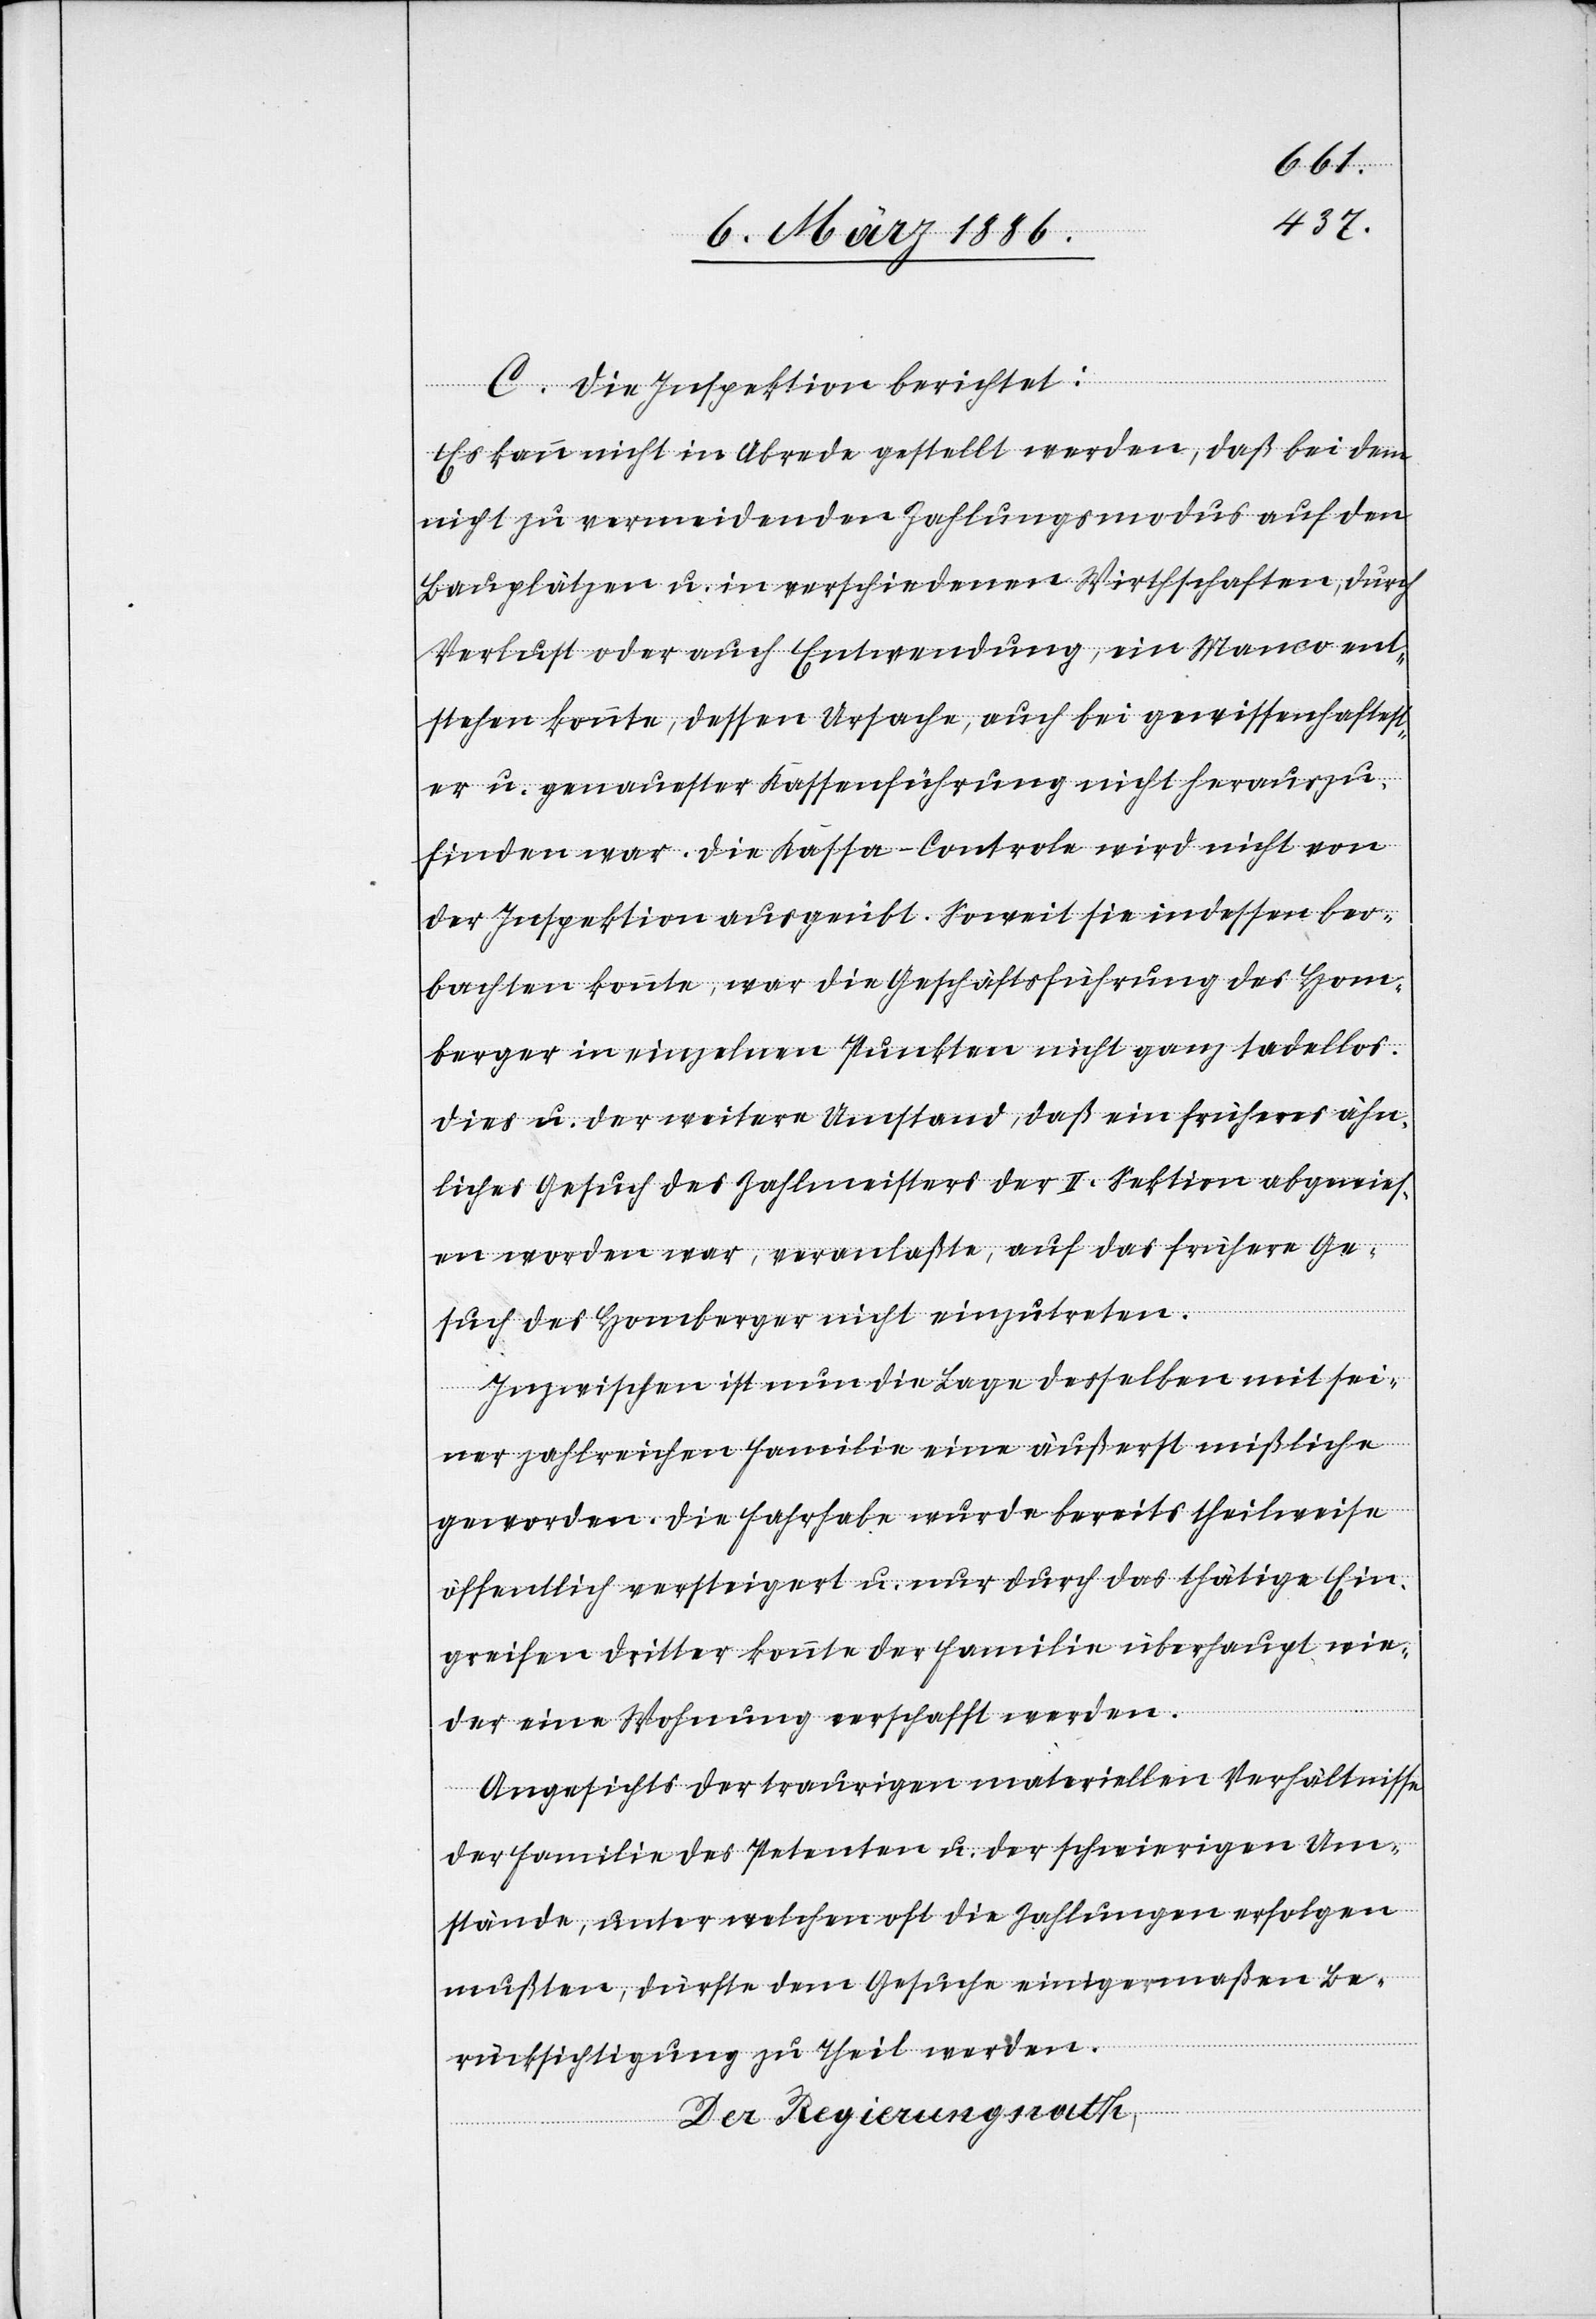
C. Die Inspektion berichtet:
Es kann nicht in Abrede gestellt werden, daß bei dem
nicht zu vermeidenden Zahlungsmodus auf den
Bauplätzen u. in verschiedenen Wirtschaften, durch
Verlust oder auch Entwendung, ein Manco ent¬
stehen könnte, dessen Ursache, auch bei gewissenhaftest¬
er u. genauester Kassenführung nicht herauszu¬
finden war. Die Kassa-Controle wird nicht von
der Inspektion ausgeübt. Soweit sie indessen beo¬
bachten könnte, war die Geschäftsführung des Hom¬
berger in einzelnen Punkten nicht ganz tadellos.
Dies u. der weitere Umstand, daß ein früheres ähn¬
liches Gesuch des Zahlenmeisters der II. Sektion abgewies¬
en worden war, veranlaßte, auf das frühere Ge¬
such des Homberger nicht einzutreten.
Inzwischen ist nun die Lage desselben mit sei¬
ner zahlreichen Familie eine äußerst mißliche
geworden. Die Fahrhabe wurde bereits theilweise
öffentlich versteigert u. nur durch das thätige Ein¬
greifen dritter konnte der Familie überhaupt wie¬
der eine Wohnung verschafft werden.
Angesichts der traurigen materiellen Verhältnisse
der Familie des Petenten u. der schwierigen Um¬
stände, unter welchen oft die Zahlungen erfolgen
mußten, dürfte dem Gesuche einigermaßen Be¬
rücksichtigung zu Theil werden.
Der Regierungsrath,